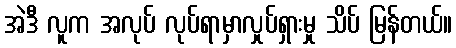
အဲဒီ လူက အလုပ် လုပ်ရာမှာလှုပ်ရှားမှု သိပ် မြန်တယ်။